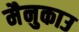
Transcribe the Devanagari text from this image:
मैनुकाउ